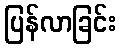
ပြန်လာခြင်း